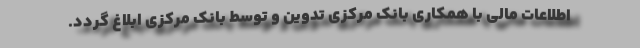
اطلاعات مالی با همکاری بانک مرکزی تدوین و توسط بانک مرکزی ابلاغ ‌گردد.